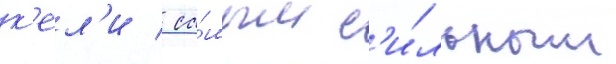
к'ел'и / са́мым с'и́льным